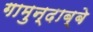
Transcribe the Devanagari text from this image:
गामुन्दाब्बे